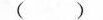
()